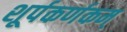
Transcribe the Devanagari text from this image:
शूर्पकर्णकम्